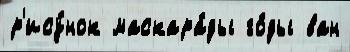
р'ису́нок маскара́ды го́ды ван